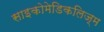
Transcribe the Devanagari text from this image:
साइकोमेडिकलिज्म